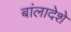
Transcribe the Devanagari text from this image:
बांलादेशे